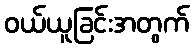
ဝယ်ယူခြင်းအတွက်